Report on lock hospitals in British Burma
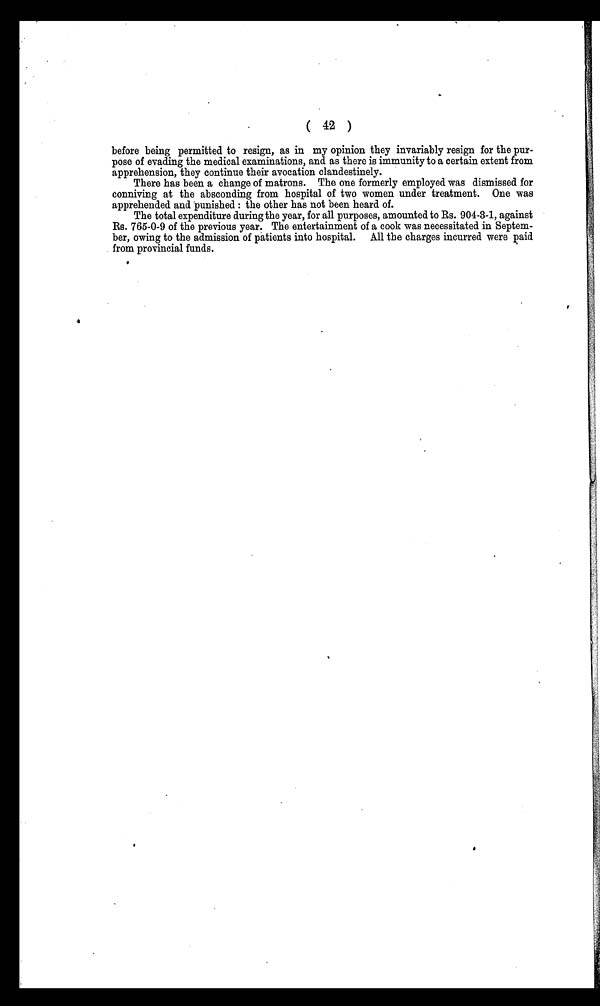
(
42
)
before being permitted to resign, as in my opinion they invariably resign for the pur-
pose of evading the medical examinations, and as there is immunity to a certain extent from
apprehension, they continue their avocation clandestinely.
There has been a change of matrons. The one formerly employed was dismissed for
conniving at the absconding from hospital of two women under treatment. One was
apprehended and punished : the other has not been heard of.
The total expenditure during the year, for all purposes, amounted to Rs. 904-3-1, against
Rs. 765-0-9 of the previous year. The entertainment of a cook was necessitated in Septem-
ber, owing to the admission of patients into hospital. All the charges incurred were paid
from provincial funds.